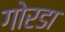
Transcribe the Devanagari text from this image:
गोरडा